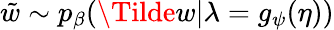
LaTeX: \tilde{w}\sim p_{\beta}(\Tilde{w}|\lambda=g_{\psi}(\eta))